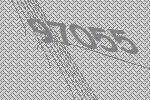
97055